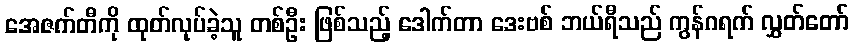
အေဇက်တီကို ထုတ်လုပ်ခဲ့သူ တစ်ဦး ဖြစ်သည့် ဒေါက်တာ ဒေးဗစ် ဘယ်ရီသည် ကွန်ဂရက် လွှတ်တော်